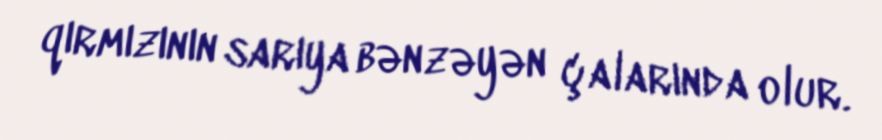
qırmızının sarıya bənzəyən çalarında olur.